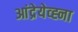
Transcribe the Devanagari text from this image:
आंद्रेयेव्ह्ना